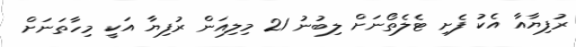
ރުފިޔާއާ އެކު ފެށި ޓެލެތޯނަށް ލިބުނު 21 މިލިއަން ރުފިޔާ އަކީ މިހާތަނަށް